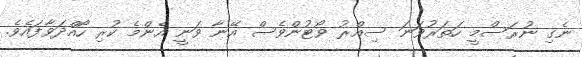
ނެގި ނުރަސްމީ ހަތަރުވަނަ ސިއްރު ވޯޓުންވެސް އޭނާ ވަނީ އެންމެ ކުރި ހޯއްދަވާފައެވެ.